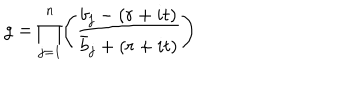
g = \displaystyle \prod _ { j = 1 } ^ { n } \Biggl ( { \frac { b _ { j } - ( r + i t ) } { \bar { b } _ { j } + ( r + i t ) } } \Biggr )